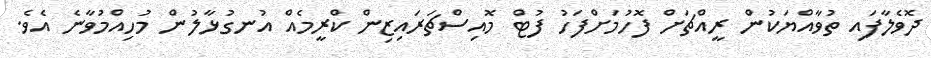
ދޮވެލާފައި ތުވާއްޔަކުން ރީއްޗަށް ފޮހުމަށްފަހު ފުޓް މޮއިސްޗަރައިޒިން ކްރީމެއް އުނގުޅާލުން މުހިއްމުވާނެ އެވެ.